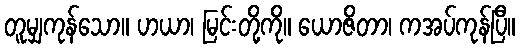
တူမျှကုန်သော။ ဟယာ၊ မြင်းတို့ကို။ ယောဇိတာ၊ ကအပ်ကုန်ပြီ။